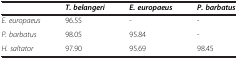
<table><thead><tr><td><b> </b></td><td><b><i>T. belangeri</i></b></td><td><b><i>E. europaeus</i></b></td><td><b><i>P. barbatus</i></b></td></tr></thead><tbody><tr><td><i>E. europaeus</i></td><td>96.55</td><td>-</td><td>-</td></tr><tr><td><i>P. barbatus</i></td><td>98.05</td><td>95.84</td><td>-</td></tr><tr><td><i>H. saltator</i></td><td>97.90</td><td>95.69</td><td>98.45</td></tr></tbody></table>